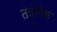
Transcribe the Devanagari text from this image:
तंत्रनिष्ठ